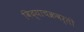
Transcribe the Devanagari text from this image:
विद्याचक्रवर्ती